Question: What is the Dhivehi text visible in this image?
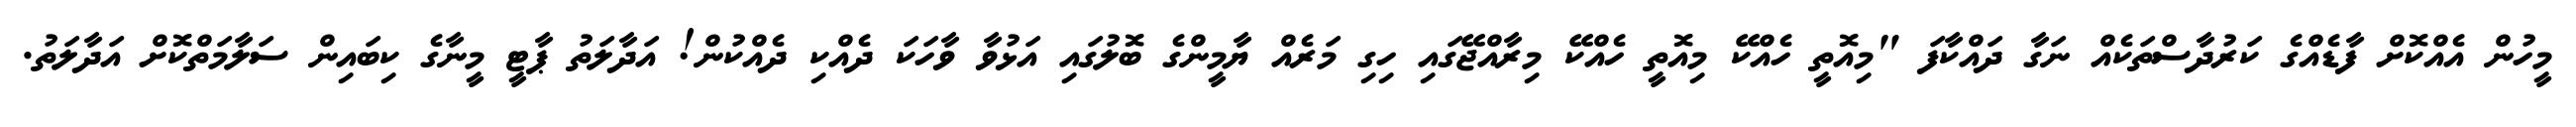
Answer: މީހުން އެއްކޮށް ފާޑެއްގެ ކަރުދާސްތަކެއް ނަގާ ދައްކާފަ "މިއޮތީ ހެއްކޭ މިއޮތީ ހެއްކޭ މިރާއްޖޭގައި ހިގި މަރެއް ޔާމީންގެ ބޮލުގައި އަޅުވާ ވާހަކަ ދެއްކި ދެއްކުން! އަދާލަތު ޕާޓީ މީނާގެ ކިބައިން ސަލާމަތްކޮށް އަދާލަތު.